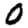
Digit: 0